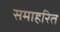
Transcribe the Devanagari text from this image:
समाहरित